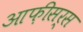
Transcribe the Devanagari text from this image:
आफ़ीसर्स